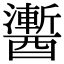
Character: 䤔